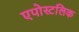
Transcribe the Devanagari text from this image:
एपोस्टलिक